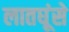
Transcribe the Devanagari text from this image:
लातघूंसे